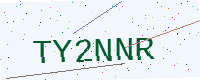
Text: TY2NNR